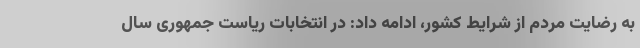
به رضایت مردم از شرایط کشور، ادامه داد: در انتخابات ریاست جمهوری سال